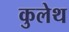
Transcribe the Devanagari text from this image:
कुलेथ